Vaccination in Bombay 1924-1928 - 1924-1928
Year: 1924
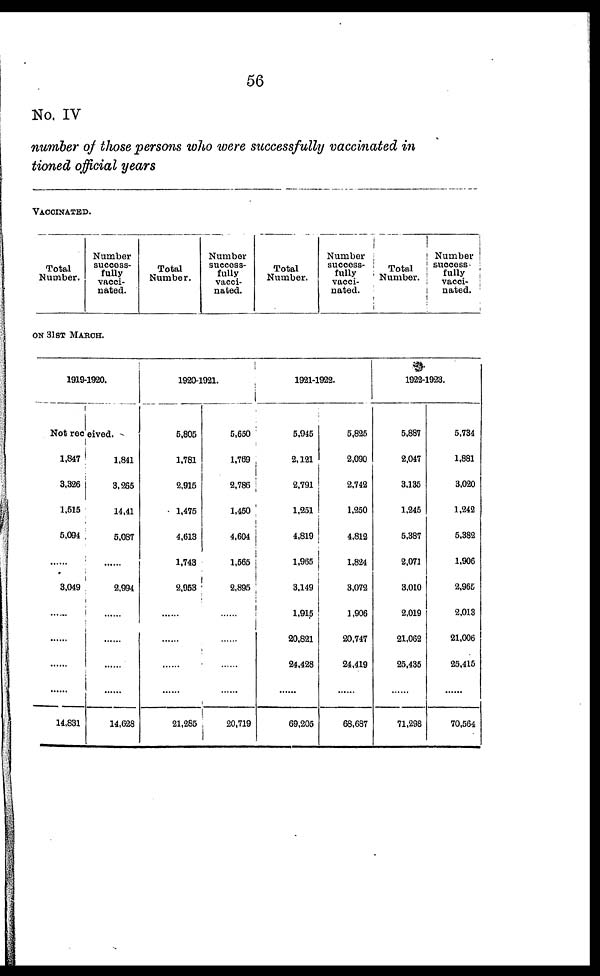
56
No. IV
number of those persons who were successfully vaccinated in
tioned official years
VACCINATED.
Total
Number.
Number
success-
fully
vacci-
nated.
Total
Number.
Number
success-
fully
vacci-
nated.
Total
Number.
Number
success-
fully
vacci-
nated.
Total
Number.
Number
success¬
fully
vacci¬
nated.
ON 31ST MARCH.
1919-1920.
Not received.
1,847
3,326
1,515
5,094
......
3,049
......
......
......
......
14,831
1,841
3,265
14,41
5,087
......
2,994
......
......
......
......
14,628
1920-1921.
5,805
1,781
2,915
1,475
4,613
1,743
2,953
......
......
......
......
21,285
5,650
1,769
2,786
1,450
4,604
1,565
2,895
......
......
......
......
20,719
1921-1922.
5,945
2,121
2,791
1,251
4,819
1,965
3,149
1,915
20,821
24,428
......
69,205
5,825
2,090
2,742
1,250
4,812
1,824
3,072
1,906
20,747
24,419
......
68,687
1922-1923.
5,887
2,047
3,135
1,245
5,387
2,071
3,010
2,019
21,062
25,435
......
71,298
5,734
1,881
3,020
1,242
5,382
1,906
2,965
2,013
21,006
25,415
......
70,564